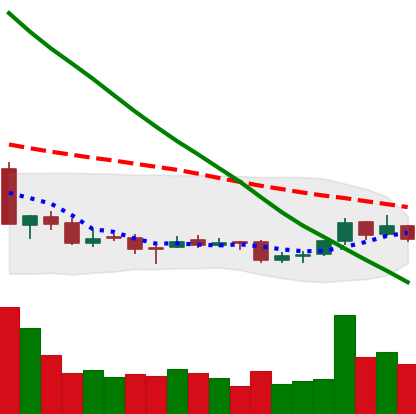
Ticker: NEO-USD
Chart end date: 2018-09-24
Forward return: 3.763%
Label: up_3_5